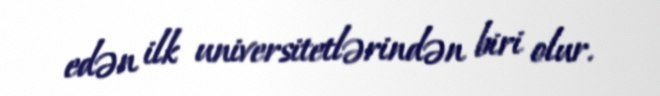
edən ilk universitetlərindən biri olur.